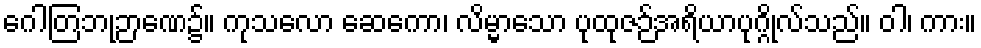
ဂေါတြဘုဉာဏေ၌။ ကုသလော ဆေကော၊ လိမ္မာသော ပုထုဇဉ်အရိယာပုဂ္ဂိုလ်သည်။ ဝါ၊ ကား။